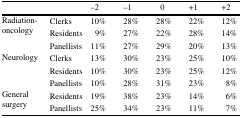
<table><thead><tr><td></td><td></td><td><b>−2</b></td><td><b>−1</b></td><td><b> 0</b></td><td><b>+1</b></td><td><b>+2</b></td></tr></thead><tbody><tr><td rowspan="3">Radiation-oncology</td><td>Clerks</td><td>10%</td><td>28%</td><td>28%</td><td>22%</td><td>12%</td></tr><tr><td>Residents</td><td> 9%</td><td>27%</td><td>22%</td><td>28%</td><td>14%</td></tr><tr><td>Panellists</td><td>11%</td><td>27%</td><td>29%</td><td>20%</td><td>13%</td></tr><tr><td rowspan="3">Neurology</td><td>Clerks</td><td>13%</td><td>30%</td><td>23%</td><td>25%</td><td>10%</td></tr><tr><td>Residents</td><td>10%</td><td>30%</td><td>23%</td><td>25%</td><td>12%</td></tr><tr><td>Panellists</td><td>10%</td><td>28%</td><td>31%</td><td>23%</td><td> 8%</td></tr><tr><td rowspan="2">General surgery</td><td>Residents</td><td>19%</td><td>38%</td><td>23%</td><td>14%</td><td> 6%</td></tr><tr><td>Panellists</td><td>25%</td><td>34%</td><td>23%</td><td>11%</td><td> 7%</td></tr></tbody></table>